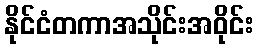
နိုင်ငံတကာအသိုင်းအဝိုင်း